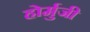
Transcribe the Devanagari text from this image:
होर्मुजी